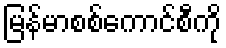
မြန်မာစစ်ကောင်စီကို